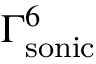
\Gamma _ { \mathrm { s o n i c } } ^ { 6 }